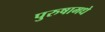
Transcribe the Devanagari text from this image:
पुरुषामधे